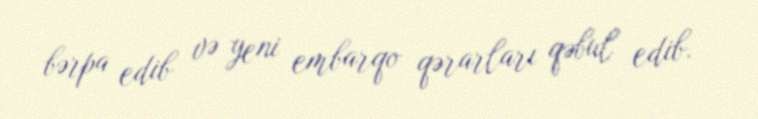
bərpa edib və yeni embarqo qərarları qəbul edib.